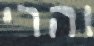
והרי